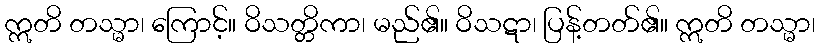
ဣတိ တသ္မာ၊ ကြောင့်။ ဝိသတ္တိကာ၊ မည်၏။ ဝိသဋာ၊ ပြန့်တတ်၏။ ဣတိ တသ္မာ၊